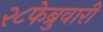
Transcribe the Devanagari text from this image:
२८फेब्रुवारी